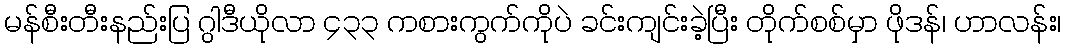
မန်စီးတီးနည်းပြ ဂွါဒီယိုလာ ၄၃၃ ကစားကွက်ကိုပဲ ခင်းကျင်းခဲ့ပြီး တိုက်စစ်မှာ ဖိုဒန်၊ ဟာလန်း၊